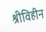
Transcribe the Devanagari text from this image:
श्रीविहीन